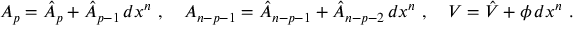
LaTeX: A _ { p } = \hat { A } _ { p } + \hat { A } _ { p - 1 } \, d x ^ { n } \ , \quad A _ { n - p - 1 } = \hat { A } _ { n - p - 1 } + \hat { A } _ { n - p - 2 } \, d x ^ { n } \ , \quad V = \hat { V } + \phi \, d x ^ { n } \ .